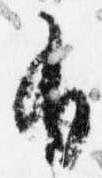
有